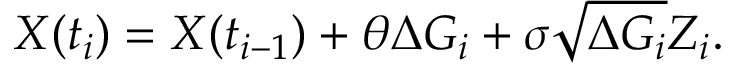
X ( t _ { i } ) = X ( t _ { i - 1 } ) + \theta \Delta G _ { i } + \sigma { \sqrt { \Delta G _ { i } } } Z _ { i } .